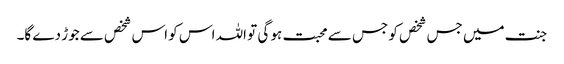
جنت میں جس شخص کو جس سے محبت ہو گی تو اللہ اس کو اس شخص سے جوڑ دے گا۔